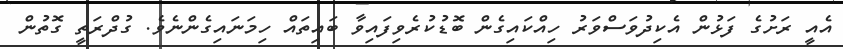
އެއީ ރަށުގެ ފަޅުން އެކިދުވަސްވަރު ހިއްކައިގެން ބޮޑުކުރެވިފައިވާ ބައިތައް ހިމަނައިގެންނެވެ. ގުދްރަތީ ގޮތުން